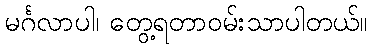
မင်္ဂလာပါ၊ တွေ့ရတာဝမ်းသာပါတယ်။